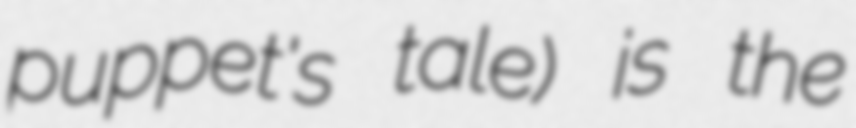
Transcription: puppet's tale) is the